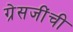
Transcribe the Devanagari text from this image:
ग्रेसजींची